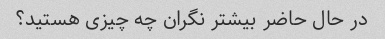
در حال حاضر بیشتر نگران چه چیزی هستید؟